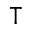
\intercal